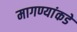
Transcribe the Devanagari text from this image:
मागण्यांकडे